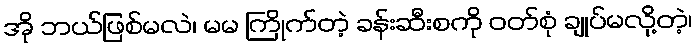
အို ဘယ်ဖြစ်မလဲ၊ မမ ကြိုက်တဲ့ ခန်းဆီးစကို ဝတ်စုံ ချုပ်မလို့တဲ့၊